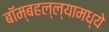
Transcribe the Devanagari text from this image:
बॉम्बहल्ल्यामध्ये